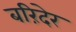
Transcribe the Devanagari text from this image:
बरिंदेर